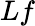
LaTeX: Lf